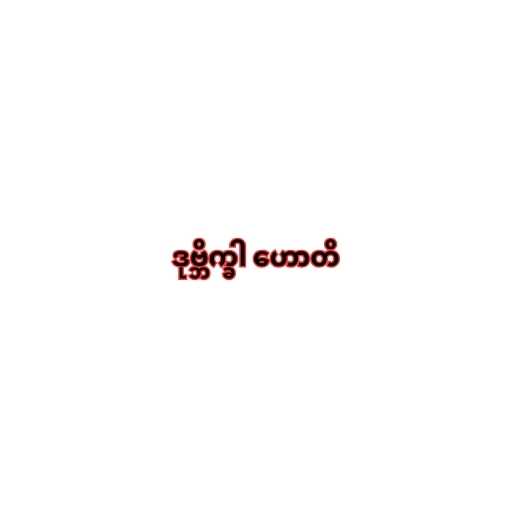
ဒုဗ္ဘိက္ခါ ဟောတိ